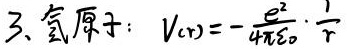
3、氢原子：$V(r)=-\frac{e^{2}}{4\pi\varepsilon_{0}}\cdot\frac{1}{r}$